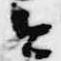
今